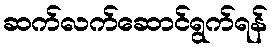
ဆက်လက်ဆောင်ရွက်ရန်